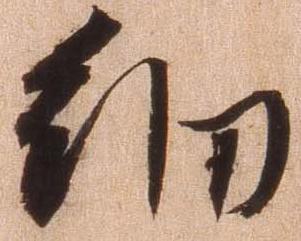
細